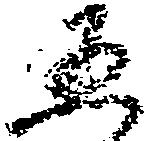
五